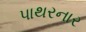
પાથરનાર